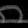
Digit: ၈